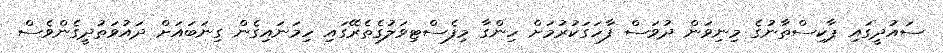
ސައުދީގައި ޕާކިސްތާނުގެ މިނިވަން ދުވަސް ފާހަގަކުރުމަށް ހިންގާ މިފެސްޓިވަލުގެތެރޭގައި ހިމަނައިގެން ގިނަބައަށް ދައުވަތުދީގެންވެސް